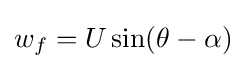
w_{f}=U\sin(\theta -\alpha )